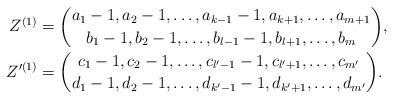
LaTeX: \begin{align*}Z^{(1)} &= \binom{a_1-1,a_2-1,\ldots,a_{k-1}-1,a_{k+1},\ldots,a_{m+1}}{b_1-1,b_2-1,\ldots,b_{l-1}-1,b_{l+1},\ldots,b_m}, \\Z'^{(1)} &=\binom{c_1-1,c_2-1,\ldots,c_{l'-1}-1,c_{l'+1},\ldots,c_{m'}}{d_1-1,d_2-1,\ldots,d_{k'-1}-1,d_{k'+1},\ldots,d_{m'}}.\end{align*}